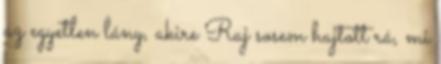
az egyetlen lány, akire Raj sosem hajtott rá, mi